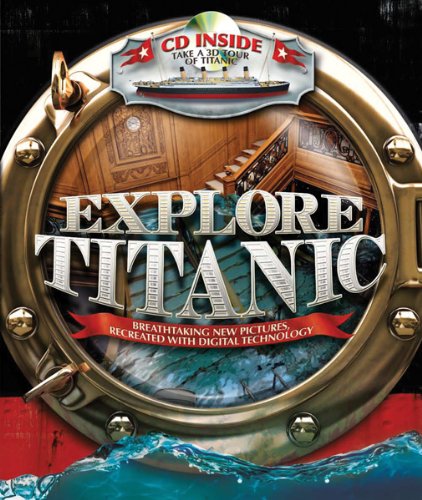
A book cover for Explore  Titanic: Breathtaking New Pictures, Recreated with Digital Technology; Peter Chrisp; Children's Books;